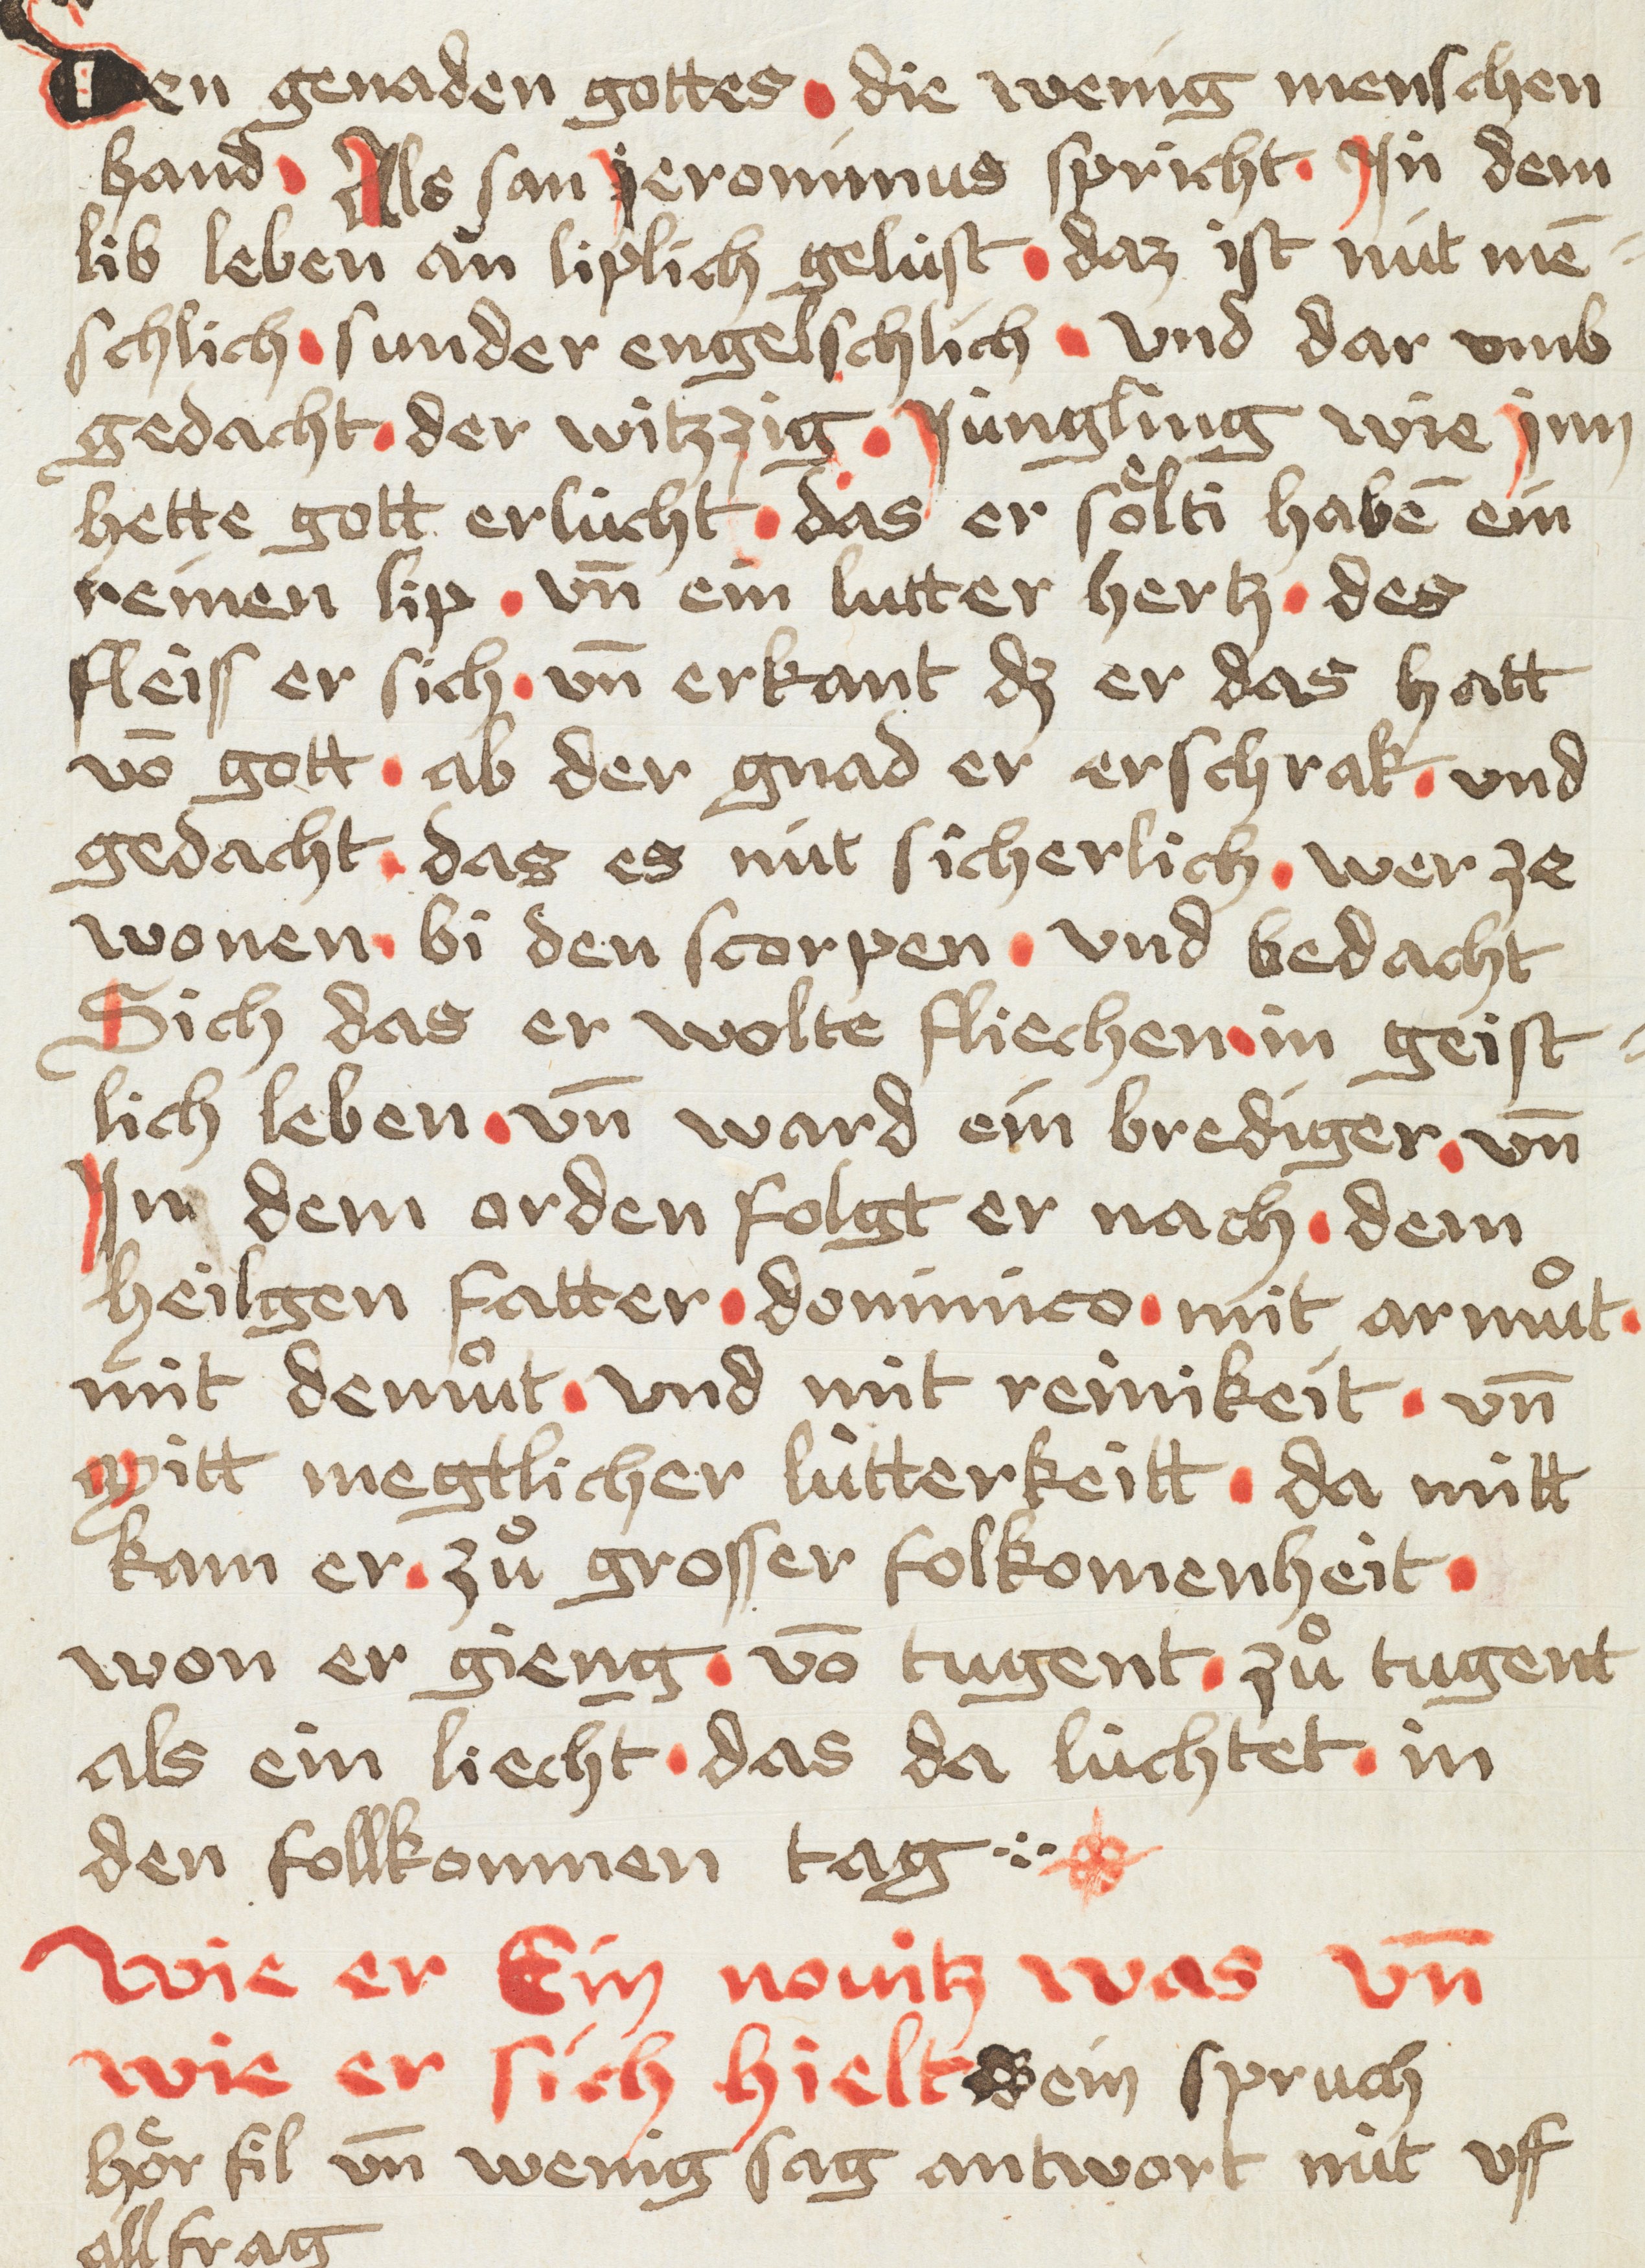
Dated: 1449–1449